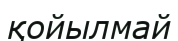
қойылмай